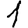
Digit: 1